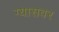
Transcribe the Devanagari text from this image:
ग्यासवर